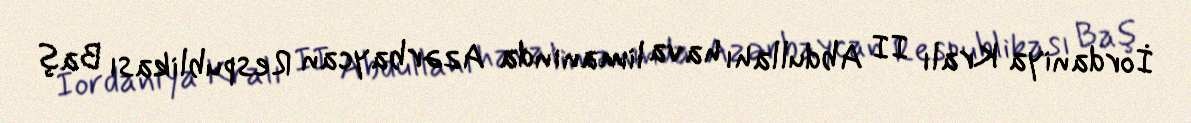
İordaniya Kralı II Abdullahı hava limanında Azərbaycan Respublikası Baş